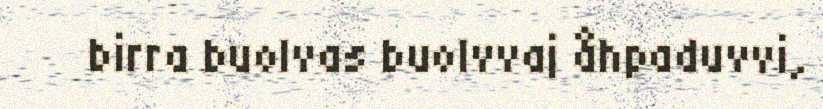
birra buolvas buolvvaj åhpaduvvi,